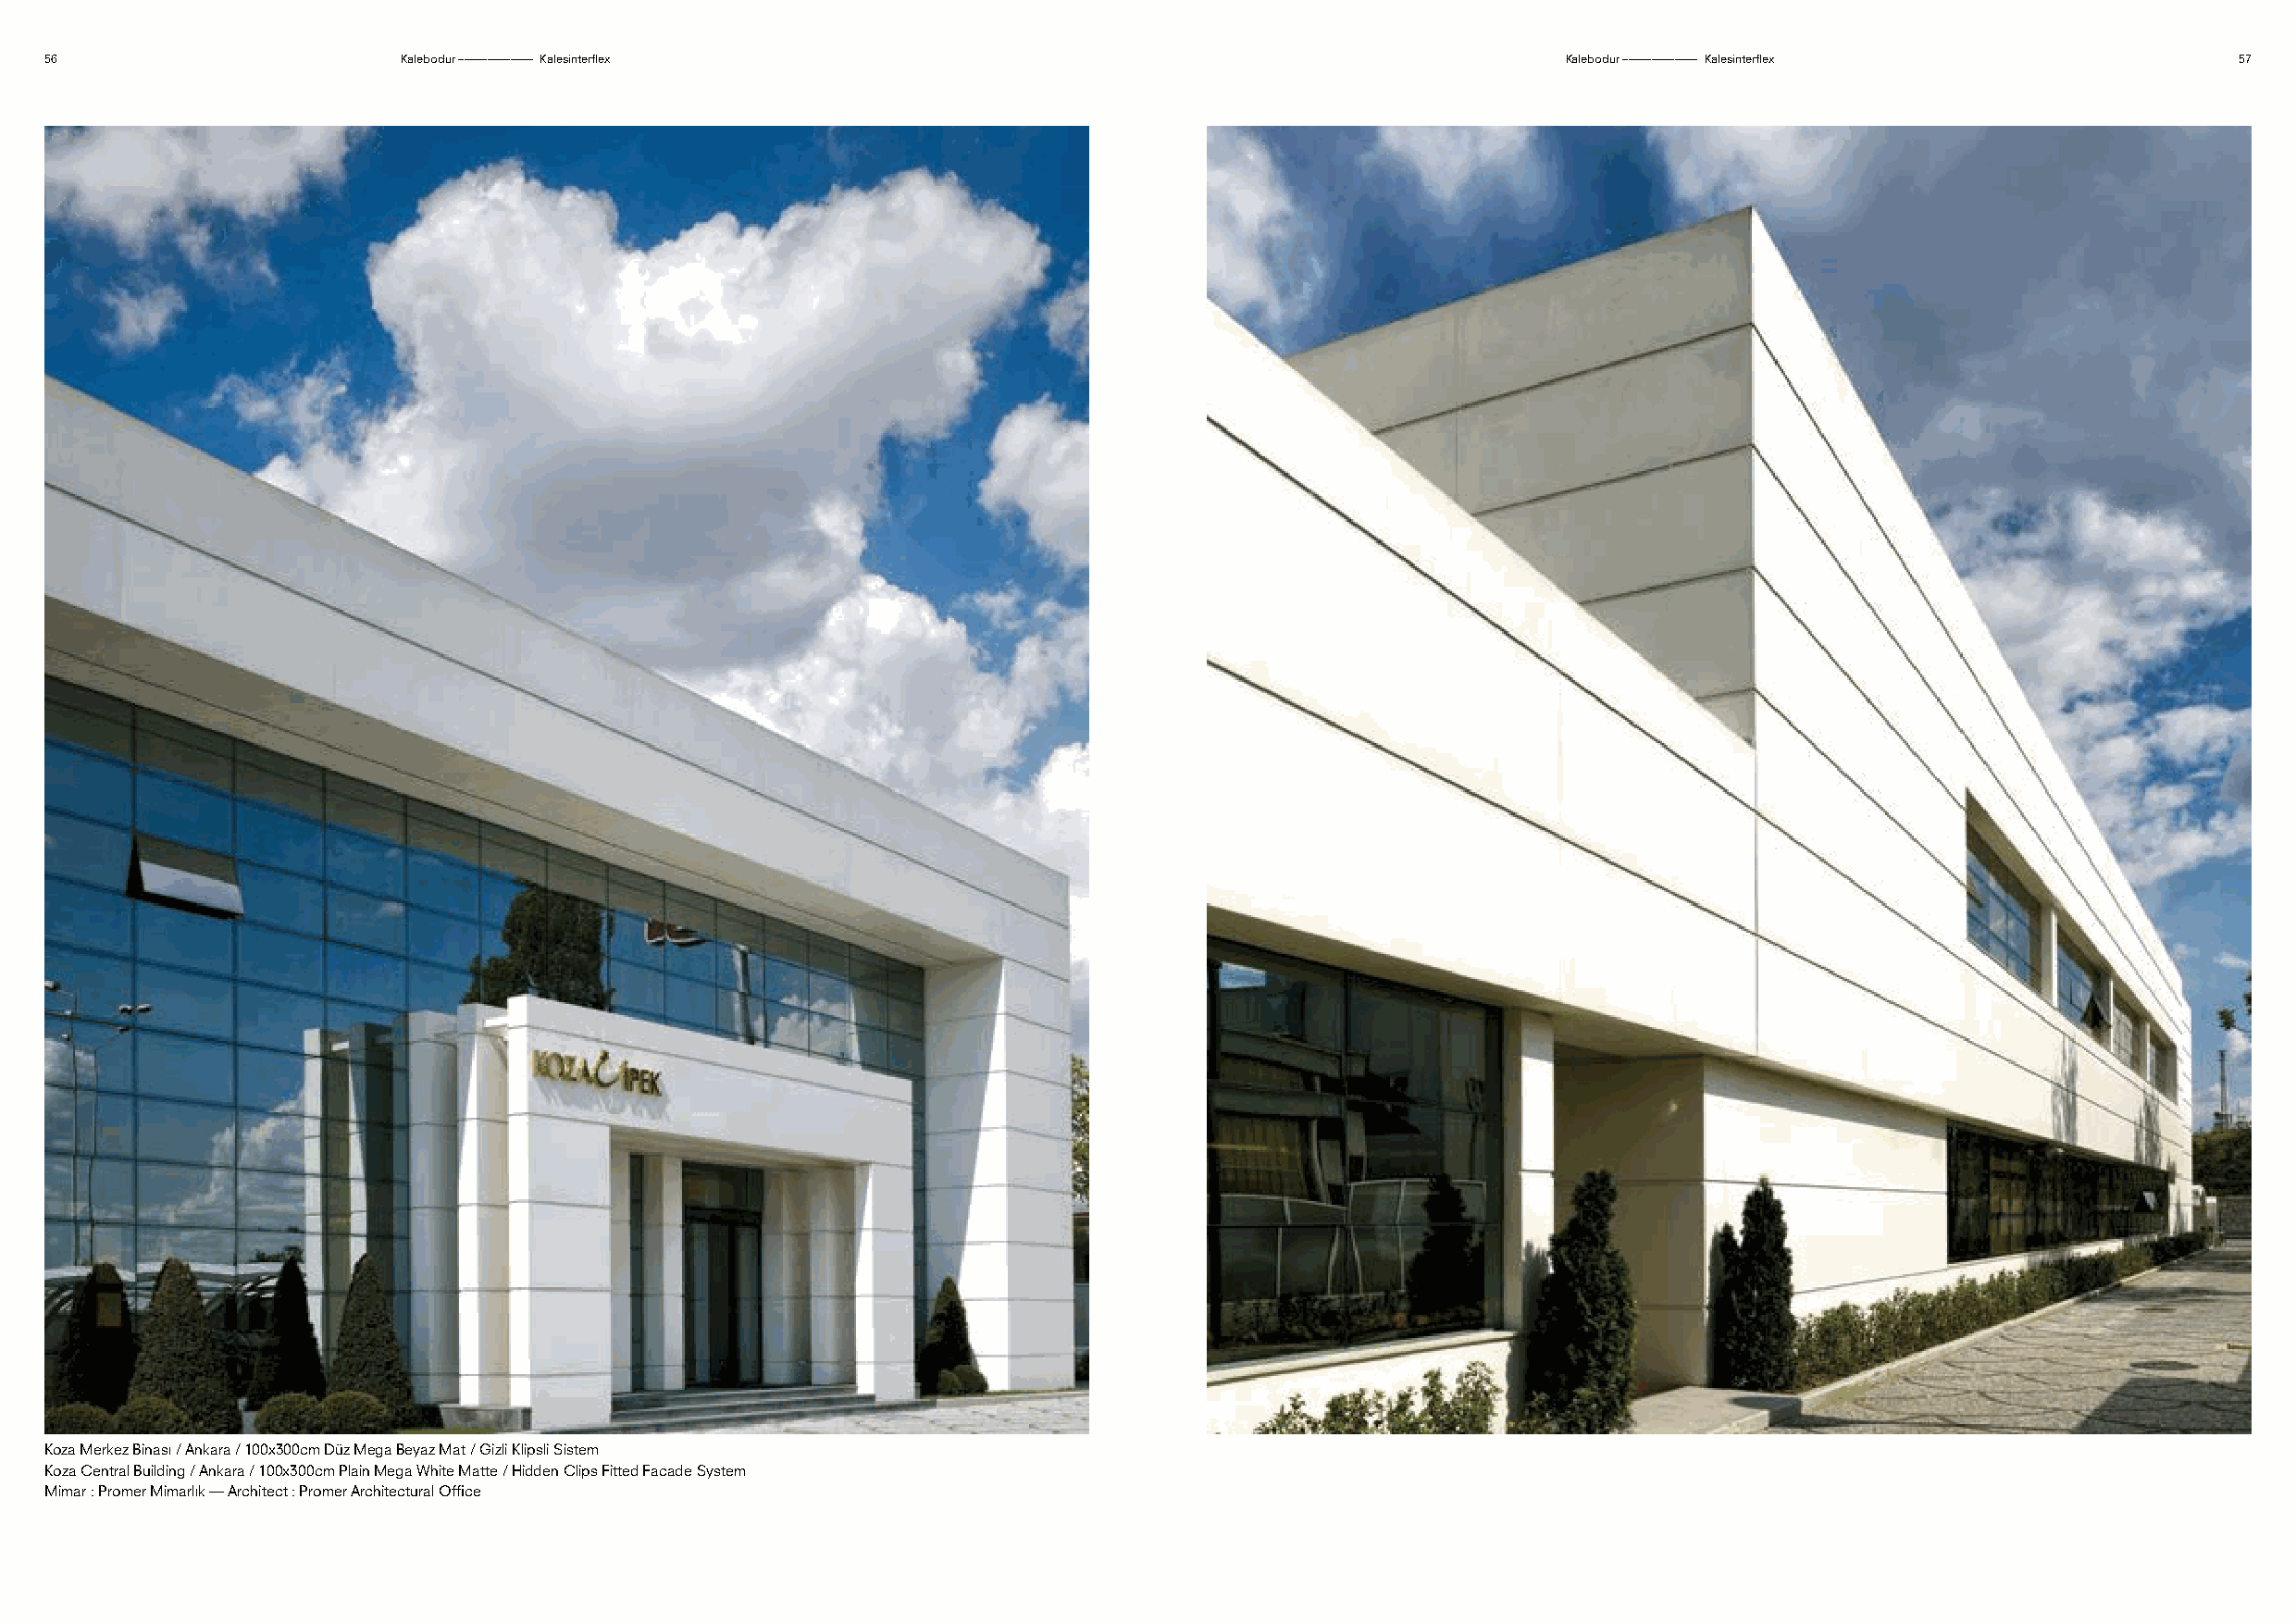
56                        Kalebodur ––––––––––––– Kalesinterflex                                             Kalebodur ––––––––––––– Kalesinterflex          57
 Koza Merkez Binası / Ankara / 100x300cm Düz Mega Beyaz Mat / Gizli Klipsli Sistem
 Koza Central Building / Ankara / 100x300cm Plain Mega White Matte / Hidden Clips Fitted Facade System
 Mimar : Promer Mimarlık — Architect : Promer Architectural Office